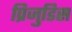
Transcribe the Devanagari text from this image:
प्रिजुडिस